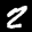
Label: 2